Lunatic asylums in Bengal annual reports 1912-1924 - 1912-1924
Year: 1912
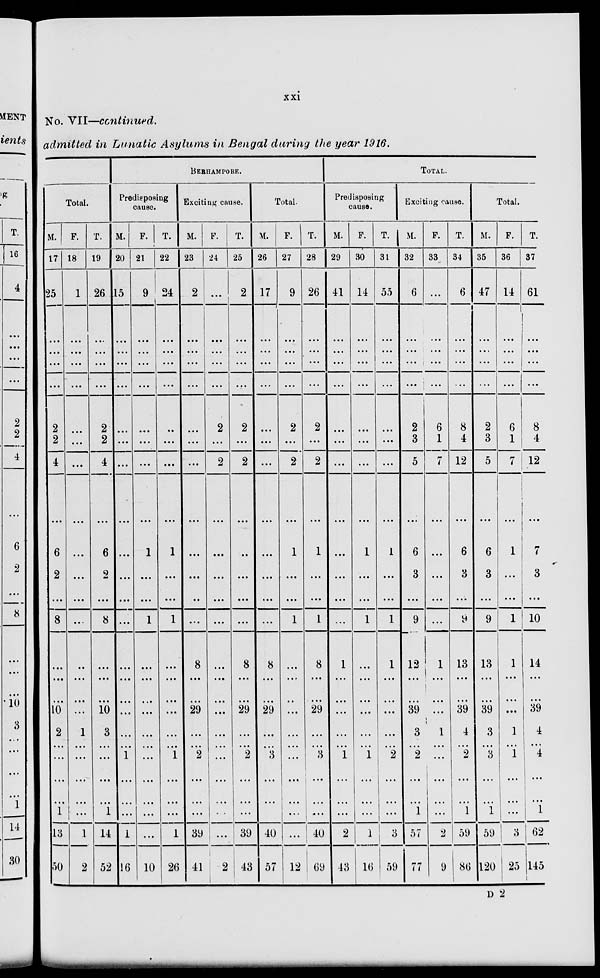
xxi
No. VII—continued.
admitted in Lunatic Asylums in Bengal during the year 1916.
Total.
M.
17
25
...
...
...
...
2
2
4
...
6
2
...
8
...
...
...
10
2
...
...
...
...
1
13
50
F.
18
1
...
...
...
...
...
...
...
...
...
...
...
...
...
...
...
...
1
...
...
...
...
...
1
2
T.
19
26
...
...
...
...
2
2
4
...
6
2
...
8
...
...
...
10
3
...
...
...
...
1
14
52
BERHAMPORE.
Predisposing
cause.
M.
20
15
...
...
...
...
...
...
...
...
...
...
...
...
...
...
...
...
...
...
1
...
...
...
1
16
F.
21
9
...
...
...
...
...
...
...
...
1
...
...
1
...
...
...
...
...
...
...
...
...
...
...
10
T.
22
24
...
...
...
...
...
...
...
...
1
...
...
1
...
...
...
...
...
...
1
...
...
...
1
26
Exciting cause.
M.
23
2
...
...
...
...
...
...
...
...
...
...
...
...
8
...
...
29
...
...
2
...
...
...
39
41
F.
24
...
...
...
...
...
2
...
2
...
...
...
...
...
...
...
...
...
...
...
...
...
...
...
...
2
T.
25
2
...
...
...
...
2
...
2
...
...
...
...
...
8
...
...
29
...
...
2
...
...
...
39
43
Total.
M.
26
17
...
...
...
...
...
...
...
...
...
...
...
...
8
...
...
29
...
...
3
...
...
...
40
57
F.
27
9
...
...
...
...
2
...
2
...
1
...
...
1
...
...
...
...
...
...
...
...
...
...
...
12
T.
28
26
...
...
...
...
2
...
2
...
1
...
...
1
8
...
...
29
...
...
3
...
...
...
40
69
TOTAL.
Predisposing
cause.
M.
29
41
...
...
...
...
...
...
...
...
...
...
...
...
1
...
...
...
...
...
1
...
...
...
2
43
F.
30
14
...
...
...
...
...
...
...
...
1
...
...
1
...
...
...
...
...
...
1
...
...
...
1
16
T.
31
55
...
...
...
...
...
...
...
...
1
...
...
1
1
...
...
...
...
...
2
...
...
...
3
59
Exciting cause.
M.
32
6
...
...
...
...
2
3
5
...
6
3
...
9
12
...
...
39
3
...
2
...
...
1
57
77
F.
33
...
...
...
...
...
6
1
7
...
...
...
...
...
1
...
...
...
1
...
...
...
...
...
2
9
T.
34
6
...
...
...
...
8
4
12
...
6
3
...
9
13
...
...
39
4
...
2
...
...
1
59
86
Total.
M.
35
47
...
...
...
...
2
3
5
...
6
3
...
9
13
...
...
39
3
...
3
...
...
1
59
120
F.
36
14
...
...
...
...
6
1
7
...
1
...
...
1
1
...
...
...
1
...
1
...
...
...
3
25
T.
37
61
...
...
...
...
8
4
12
...
7
3
...
10
14
...
...
39
4
...
4
...
...
1
62
145
D 2